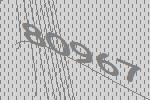
80967